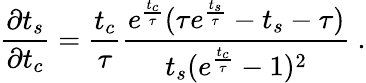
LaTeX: \frac{\partial t_{s}}{\partial t_{c}}=\frac{t_{c}}{\tau}\frac{e^{\frac{t_{c}}{\tau}}(\tau e^{\frac{t_{s}}{\tau}}-t_{s}-\tau)}{t_{s}(e^{\frac{t_{c}}{\tau}}-1)^{2}}~.